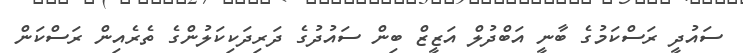
ސައުދީ ރަސްކަމުގެ ބާނީ އަބްދުލް އަޒީޒް ބިން ސައުދުގެ ދަރިދަކިކަލުންގެ ތެރެއިން ރަސްކަން